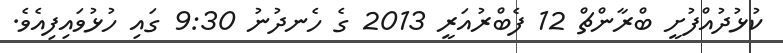
ކުޅުދުއްފުށީ ބްރާންޗް 12 ފެބްރުއަރީ 2013 ގެ ހެނދުނު 9:30 ގައި ހުޅުވައިފިއެވެ.